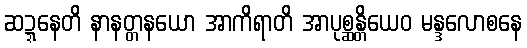
ဆဍ္ဍနေတိ နာနတ္တနယော အာကိရာတိ အာပုစ္ဆန္တိယေဝ မန္ဒလောစနေ